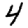
Digit: 4